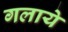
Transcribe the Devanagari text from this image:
गलाये